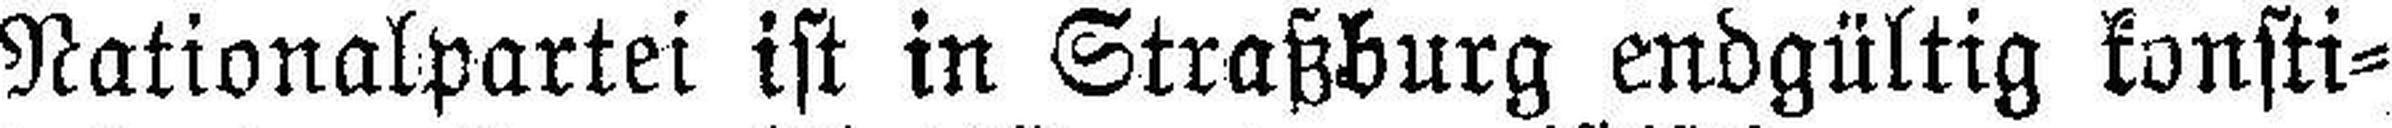
Nationalpartei ist in Straßburg endgültig konsti¬